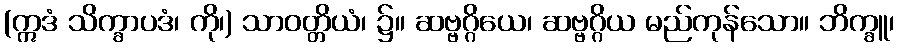
(ဣဒံ သိက္ခာပဒံ၊ ကို၊) သာဝတ္တိယံ၊ ၌။ ဆဗ္ဗဂ္ဂိယေ၊ ဆဗ္ဗဂ္ဂိယ မည်ကုန်သော။ ဘိက္ခူ၊